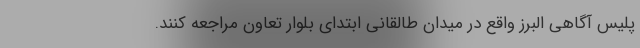
پلیس آگاهی البرز واقع در میدان طالقانی ابتدای بلوار تعاون مراجعه کنند.